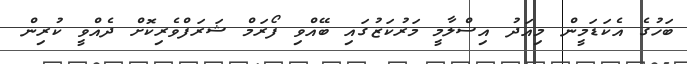
ބަހުގެ އެކަޑަމީން މިއަދު އިސްލާމީ މަރުކަޒުގައި ބޭއްވި ފޯރަމް ޝަރަފްވެރިކޮށް ދެއްވީ ކުރިން